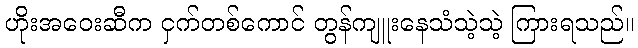
ဟိုးအဝေးဆီက ငှက်တစ်ကောင် တွန်ကျူးနေသံသဲ့သဲ့ ကြားရသည်။